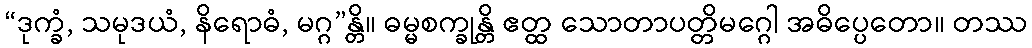
“ဒုက္ခံ, သမုဒယံ, နိရောဓံ, မဂ္ဂ”န္တိ။ ဓမ္မစက္ခုန္တိ ဧတ္ထ သောတာပတ္တိမဂ္ဂေါ အဓိပ္ပေတော။ တဿ